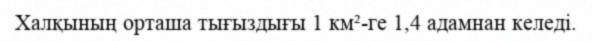
Халқының орташа тығыздығы 1 км²-ге 1,4 адамнан келеді.